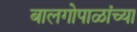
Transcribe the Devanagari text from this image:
बालगोपाळांच्या